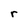
Character: r